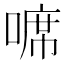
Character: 𠻊